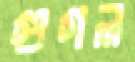
গুগল